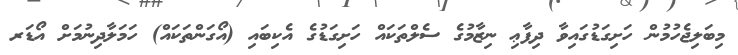
މިބަލިޖެހުމުން ހަށިގަޑުގައިވާ ދިފާޢި ނިޒާމުގެ ސެލްތަކައް ހަށިގަޑުގެ އެކިބައި (އޯގަންތަކައް) ހަމަލާދިނުމަށް އޯޑަރ